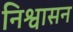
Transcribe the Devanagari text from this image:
निश्वासन